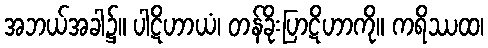
အဘယ်အခါ၌။ ပါဋိဟာယံ၊ တန်ခိုးပြာဋိဟာကို။ ကရိဿထ၊